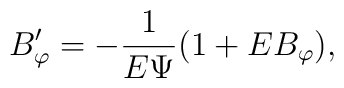
B'_\varphi =-\frac{1}{E\Psi}(1+ E B_\varphi),